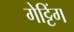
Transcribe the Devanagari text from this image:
गेट्टिंग